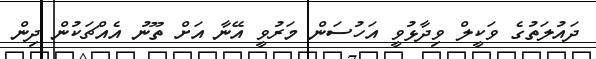
ދައުލަތުގެ ވަކީލް ވިދާޅުވީ އަހުސަން މަރުވީ އޭނާ އަށް ތޫނު އެއްޗަކުން ދިން